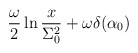
\begin{align*}\frac{\omega}{2}\ln \frac{x}{\Sigma_0^2}+\omega \delta(\alpha_0)\end{align*}